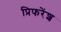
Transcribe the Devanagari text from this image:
प्रिफरेंश